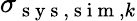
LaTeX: \sigma_{\mathrm{~s~y~s~},\mathrm{~s~i~m~},k}